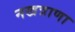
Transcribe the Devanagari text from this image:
नखत्राणा